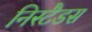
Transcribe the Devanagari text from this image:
निस्टैडस